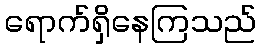
ရောက်ရှိနေကြသည်